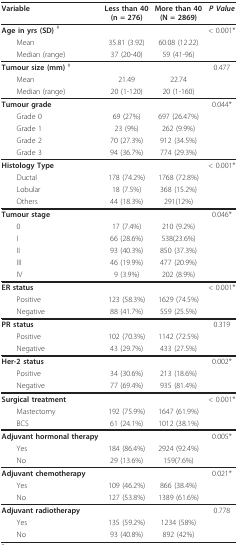
<table><thead><tr><td><b>Variable</b></td><td><b>Less than 40(n = 276)</b></td><td><b>More than 40(N = 2869)</b></td><td><b><i>P Value</i></b></td></tr></thead><tbody><tr><td><b>Age in yrs (SD) </b><sup>#</sup></td><td></td><td></td><td>&lt; 0.001*</td></tr><tr><td> Mean</td><td>35.81 (3.92)</td><td>60.08 (12.22)</td><td></td></tr><tr><td> Median (range)</td><td>37 (20-40)</td><td>59 (41-96)</td><td></td></tr><tr><td><b>Tumour size (mm) </b><sup>#</sup></td><td></td><td></td><td>0.477</td></tr><tr><td> Mean</td><td>21.49</td><td>22.74</td><td></td></tr><tr><td> Median (range)</td><td>20 (1-120)</td><td>20 (1-160)</td><td></td></tr><tr><td><b>Tumour grade</b></td><td></td><td></td><td>0.044*</td></tr><tr><td> Grade 0</td><td>69 (27%)</td><td>697 (26.47%)</td><td></td></tr><tr><td> Grade 1</td><td>23 (9%)</td><td>262 (9.9%)</td><td></td></tr><tr><td> Grade 2</td><td>70 (27.3%)</td><td>912 (34.5%)</td><td></td></tr><tr><td> Grade 3</td><td>94 (36.7%)</td><td>774 (29.3%)</td><td></td></tr><tr><td><b>Histology Type</b></td><td></td><td></td><td>&lt; 0.001*</td></tr><tr><td> Ductal</td><td>178 (74.2%)</td><td>1768 (72.8%)</td><td></td></tr><tr><td> Lobular</td><td>18 (7.5%)</td><td>368 (15.2%)</td><td></td></tr><tr><td> Others</td><td>44 (18.3%)</td><td>291(12%)</td><td></td></tr><tr><td><b>Tumour stage</b></td><td></td><td></td><td>0.046*</td></tr><tr><td> 0</td><td>17 (7.4%)</td><td>210 (9.2%)</td><td></td></tr><tr><td> I</td><td>66 (28.6%)</td><td>538(23.6%)</td><td></td></tr><tr><td> II</td><td>93 (40.3%)</td><td>850 (37.3%)</td><td></td></tr><tr><td> III</td><td>46 (19.9%)</td><td>477 (20.9%)</td><td></td></tr><tr><td> IV</td><td>9 (3.9%)</td><td>202 (8.9%)</td><td></td></tr><tr><td><b>ER status</b></td><td></td><td></td><td>&lt; 0.001*</td></tr><tr><td> Positive</td><td>123 (58.3%)</td><td>1629 (74.5%)</td><td></td></tr><tr><td> Negative</td><td>88 (41.7%)</td><td>559 (25.5%)</td><td></td></tr><tr><td><b>PR status</b></td><td></td><td></td><td>0.319</td></tr><tr><td> Positive</td><td>102 (70.3%)</td><td>1142 (72.5%)</td><td></td></tr><tr><td> Negative</td><td>43 (29.7%)</td><td>433 (27.5%)</td><td></td></tr><tr><td><b>Her-2 status</b></td><td></td><td></td><td>0.002*</td></tr><tr><td> Positive</td><td>34 (30.6%)</td><td>213 (18.6%)</td><td></td></tr><tr><td> Negative</td><td>77 (69.4%)</td><td>935 (81.4%)</td><td></td></tr><tr><td><b>Surgical treatment</b></td><td></td><td></td><td>&lt; 0.001*</td></tr><tr><td> Mastectomy</td><td>192 (75.9%)</td><td>1647 (61.9%)</td><td></td></tr><tr><td> BCS</td><td>61 (24.1%)</td><td>1012 (38.1%)</td><td></td></tr><tr><td><b>Adjuvant hormonal therapy</b></td><td></td><td></td><td>0.005*</td></tr><tr><td> Yes</td><td>184 (86.4%)</td><td>2924 (92.4%)</td><td></td></tr><tr><td> No</td><td>29 (13.6%)</td><td>159(7.6%)</td><td></td></tr><tr><td><b>Adjuvant chemotherapy</b></td><td></td><td></td><td>0.021*</td></tr><tr><td> Yes</td><td>109 (46.2%)</td><td>866 (38.4%)</td><td></td></tr><tr><td> No</td><td>127 (53.8%)</td><td>1389 (61.6%)</td><td></td></tr><tr><td><b>Adjuvant radiotherapy</b></td><td></td><td></td><td>0.778</td></tr><tr><td> Yes</td><td>135 (59.2%)</td><td>1234 (58%)</td><td></td></tr><tr><td> No</td><td>93 (40.8%)</td><td>892 (42%)</td><td></td></tr></tbody></table>